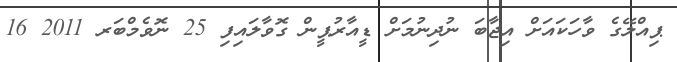
ޕިއްލޭގެ ވާހަކައަށް އިޖާބަ ނުދިނުމަށް ޑީއާރުޕީން ގޮވާލައިފި 25 ނޮވެމްބަރ 2011 16